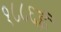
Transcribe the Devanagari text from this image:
१८८६ई